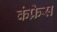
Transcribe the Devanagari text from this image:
कंफ्रेस